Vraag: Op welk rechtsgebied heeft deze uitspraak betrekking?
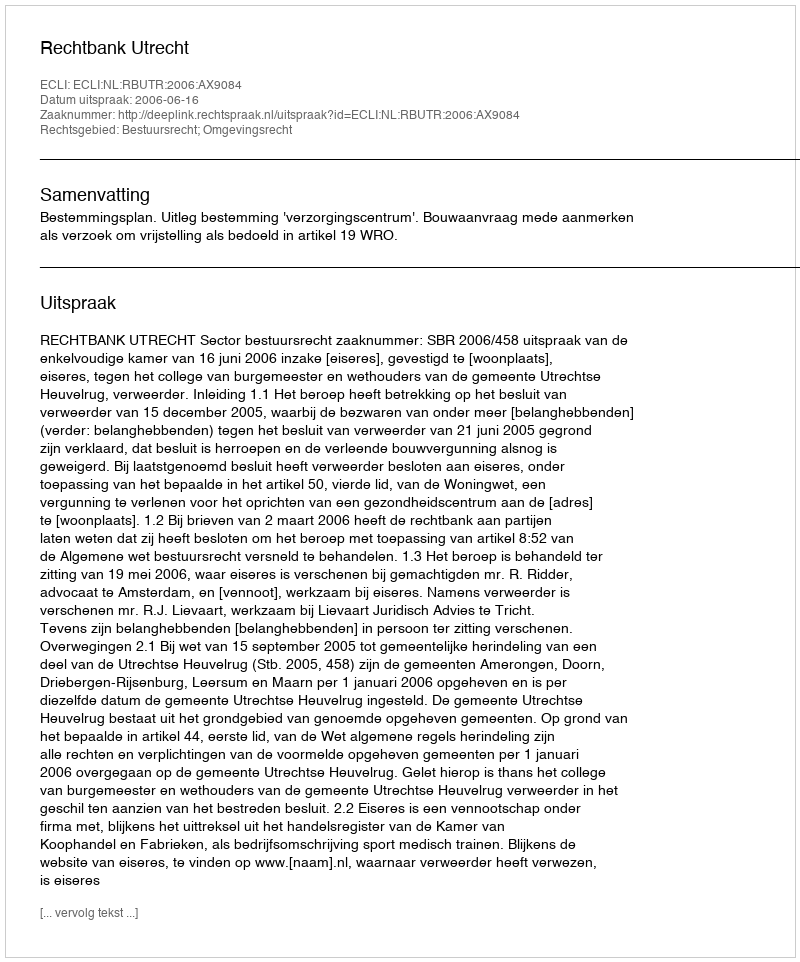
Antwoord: Bestuursrecht; Omgevingsrecht